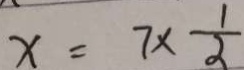
x = 7 \times \frac { 1 } { 2 }